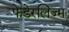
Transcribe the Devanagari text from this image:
फेडेरलिज्म